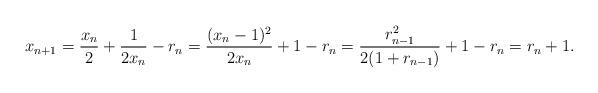
LaTeX: \begin{align*}x_{n+1} = \frac{x_n}{2} + \frac{1}{2x_n} - r_n= \frac{(x_n-1)^2}{2x_n} + 1 - r_n= \frac{r_{n-1}^2}{2(1+r_{n-1})} + 1 - r_n= r_n+1.\end{align*}